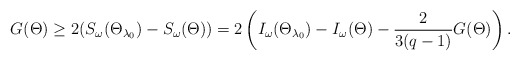
\begin{align*} G(\Theta) \geq 2(S_\omega(\Theta_{\lambda_0}) - S_\omega(\Theta)) = 2 \left(I_\omega(\Theta_{\lambda_0}) - I_\omega(\Theta) - \frac{2}{3(q-1)} G(\Theta) \right).\end{align*}